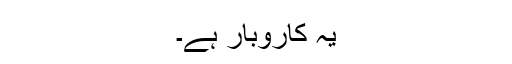
یہ کاروبار ہے۔